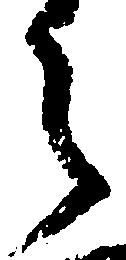
之